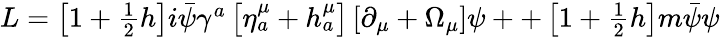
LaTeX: \begin{array}{c}{{L=\left[1+\frac 12h\right]i\bar{\psi}\gamma^{a}\left[\eta_{a}^{\mu}+h_{a}^{\mu}\right]\left[\partial_{\mu}+\Omega_{\mu}\right]\psi++\left[1+\frac 12h\right]m\bar{\psi}\psi}}\end{array}